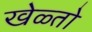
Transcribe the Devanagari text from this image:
खेळ्तो